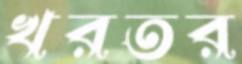
খরতর